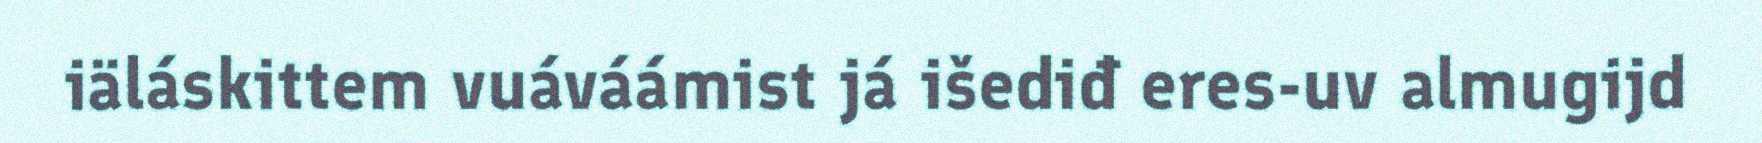
iäláskittem vuáváámist já išediđ eres-uv almugijd